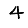
Digit: 4